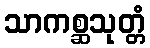
သာကစ္ဆသုတ္တံ